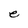
Character: e